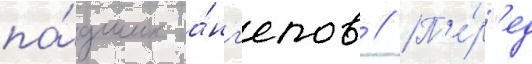
па́дших а́нг'елов // П'е́р'ед